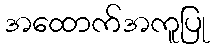
အထောက်အကူပြု